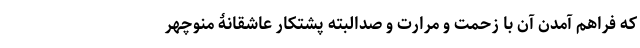
که فراهم آمدنِ آن با زحمت و مرارت و صدالبته پشتکارِ عاشقانۀ منوچهر